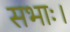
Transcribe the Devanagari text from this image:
सभाः।